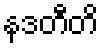
နဒတီတိ